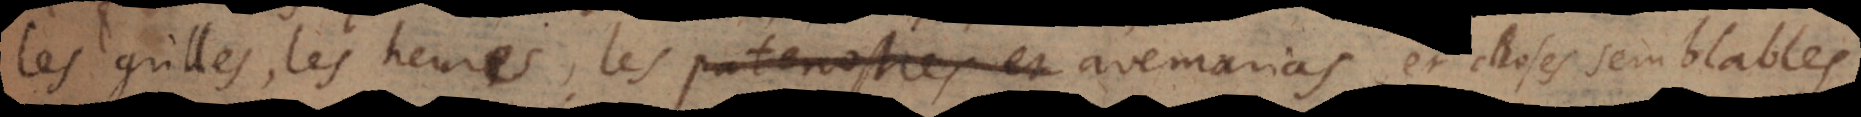
les grilles, les heures, les paternostres et avemarias, et choses semblables